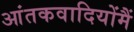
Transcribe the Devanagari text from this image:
आंतकवादियोंमैं